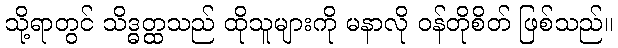
သို့ရာတွင် သိဒ္ဓတ္ထသည် ထိုသူများကို မနာလို ဝန်တိုစိတ် ဖြစ်သည်။